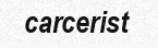
carcerist